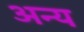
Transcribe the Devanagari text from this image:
अन्य